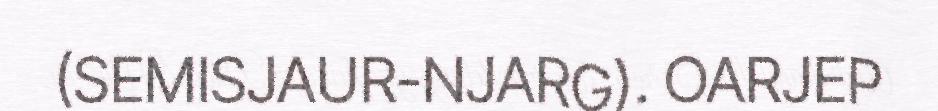
(SEMISJAUR-NJARG). OARJEP